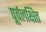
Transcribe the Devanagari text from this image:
पूर्वलक्षित